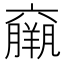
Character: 𱻓